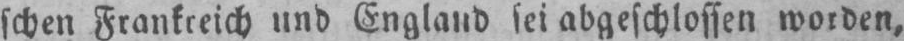
schen Frankreich und England sei abgeschlossen worden,